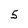
Character: 5